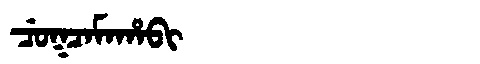
Manchu: ᠴᡠᡴᠴᠠᠮᠠᡥᠠᠪᡳ
Romanization: CUKCAMAHABI